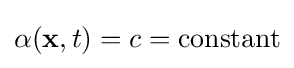
\alpha (\mathbf {x} ,t)=c={\text{constant}}